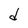
Character: d